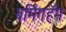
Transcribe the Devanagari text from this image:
बर्मिंगहॅम